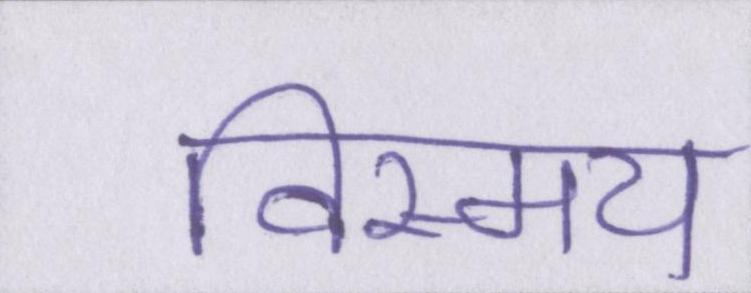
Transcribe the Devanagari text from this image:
विस्मय